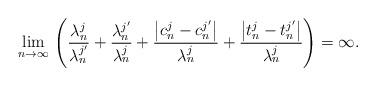
LaTeX: \begin{align*}\lim_{n\to\infty}\,\left(\frac{\lambda^j_n}{\lambda_n^{j'}}+\frac{\lambda^{j'}_n}{\lambda^j_n}+\frac{\left|c^j_n-c^{j'}_n\right|}{\lambda^j_n}+\frac{\left|t^j_n-t^{j'}_n\right|}{\lambda^j_n}\right)=\infty.\end{align*}